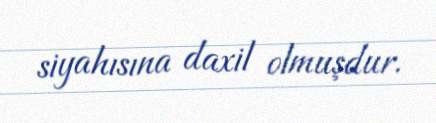
siyahısına daxil olmuşdur.